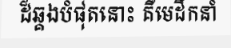
ដ៏ឆ្គងបំផុតនោះ គឺមេដឹកនាំ